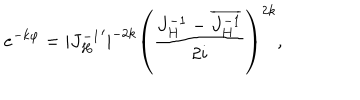
e ^ { - k \varphi } = | { J _ { H } ^ { - 1 } } ^ { \prime } | ^ { - 2 k } \left( { \frac { J _ { H } ^ { - 1 } - \overline { { { J _ { H } ^ { - 1 } } } } } { 2 i } } \right) ^ { 2 k } ,